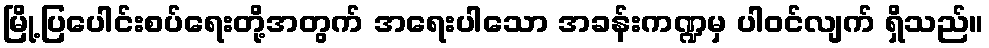
မြို့ပြပေါင်းစပ်ရေးတို့အတွက် အရေးပါသော အခန်းကဏ္ဍမှ ပါဝင်လျက် ရှိသည်။